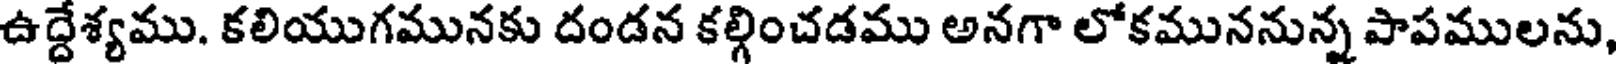
ఉద్దేశ్యము. కలియుగమునకు దండన కల్గించడము అనగా లోకముననున్న పాపములను,